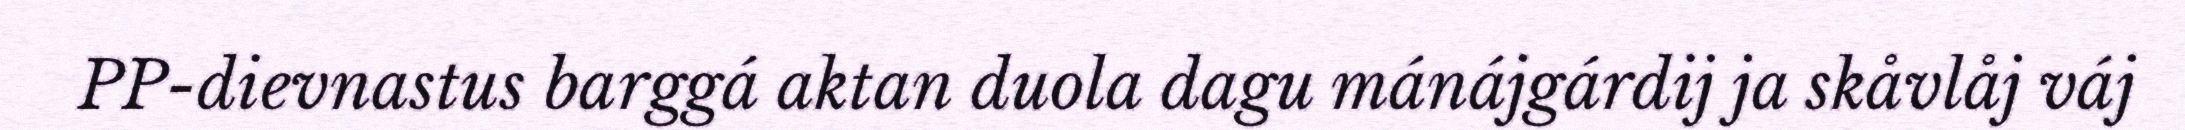
PP-dievnastus barggá aktan duola dagu mánájgárdij ja skåvlåj váj